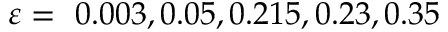
\varepsilon = ~ 0 . 0 0 3 , 0 . 0 5 , 0 . 2 1 5 , 0 . 2 3 , 0 . 3 5